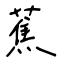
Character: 蕉